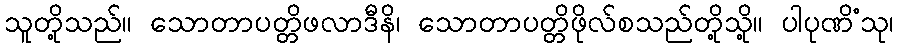
သူတို့သည်။ သောတာပတ္တိဖလာဒီနိ၊ သောတာပတ္တိဖိုလ်စသည်တို့သို့။ ပါပုဏိံသု၊